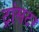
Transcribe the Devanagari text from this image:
ट्रांसटर